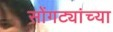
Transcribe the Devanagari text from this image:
सोंगट्यांच्या